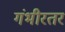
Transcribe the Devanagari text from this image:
गंभीरतर